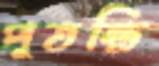
পুতন্তি